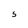
Character: 5